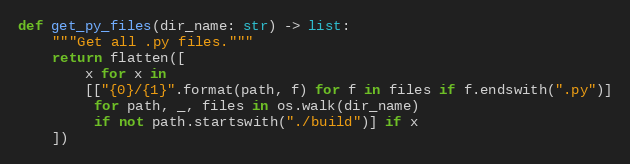
Language: Python
def get_py_files(dir_name: str) -> list:
    """Get all .py files."""
    return flatten([
        x for x in
        [["{0}/{1}".format(path, f) for f in files if f.endswith(".py")]
         for path, _, files in os.walk(dir_name)
         if not path.startswith("./build")] if x
    ])